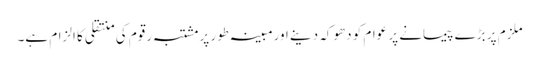
ملزم پر بڑے پیمانے پر عوام کو دھوکہ دینے اورمبینہ طور پرمشتبہ رقوم کی منتقلی کا الزام ہے۔